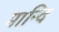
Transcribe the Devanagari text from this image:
मान्वि